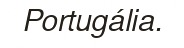
Portugália.